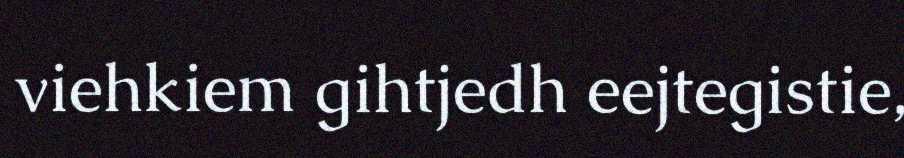
viehkiem gihtjedh eejtegistie,